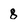
Character: 8